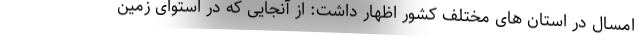
امسال در استان های مختلف کشور اظهار داشت: از آنجایی که در استوای زمین